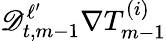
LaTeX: \mathscr{D}_{t,m-1}^{\ell^{\prime}}\nabla T_{m-1}^{(i)}